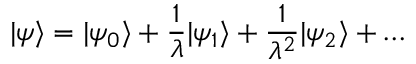
| \psi \rangle = | \psi _ { 0 } \rangle + { \frac { 1 } { \lambda } } | \psi _ { 1 } \rangle + { \frac { 1 } { \lambda ^ { 2 } } } | \psi _ { 2 } \rangle + \ldots